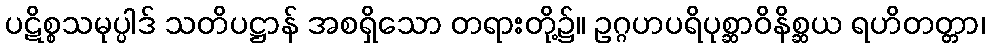
ပဋိစ္စသမုပ္ပါဒ် သတိပဋ္ဌာန် အစရှိသော တရားတို့၌။ ဥဂ္ဂဟပရိပုစ္ဆာဝိနိစ္ဆယ ရဟိတတ္တာ၊